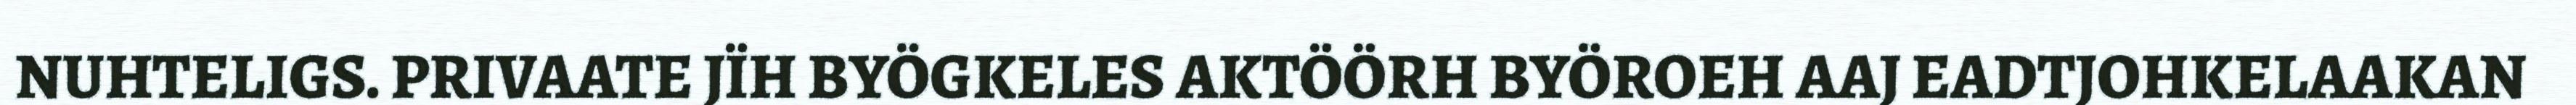
NUHTELIGS. PRIVAATE JÏH BYÖGKELES AKTÖÖRH BYÖROEH AAJ EADTJOHKELAAKAN